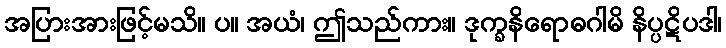
အပြားအားဖြင့်မသိ။ ပ။ အယံ၊ ဤသည်ကား။ ဒုက္ခနိရောဓဂါမိ နိပ္ပဋိပဒါ၊